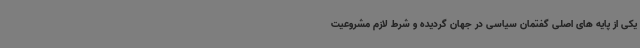
یکی از پایه های اصلی گفتمان سیاسی در جهان گردیده و شرط لازم مشروعیت